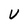
Character: U